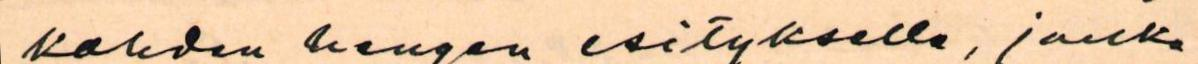
kahden hengen esitykselle, jonka